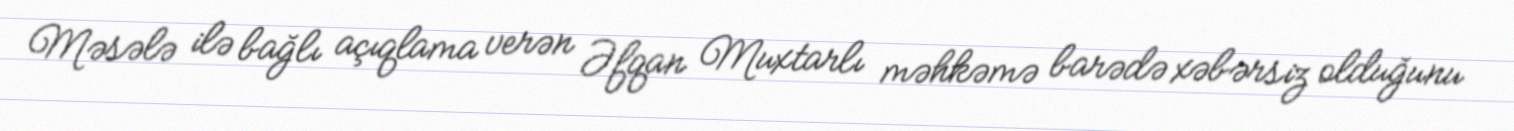
Məsələ ilə bağlı açıqlama verən Əfqan Muxtarlı məhkəmə barədə xəbərsiz olduğunu